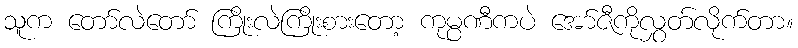
သူက တော်လဲတော် ကြိုးလဲကြိုးစားတော့ ကုမ္ပဏီကပဲ အော်ဇီကိုလွှတ်လိုက်တာ။